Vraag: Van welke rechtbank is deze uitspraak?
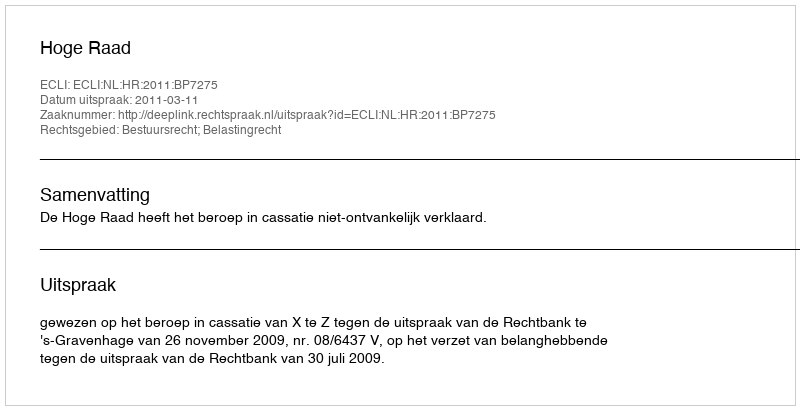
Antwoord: Hoge Raad